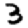
Digit: 3